Annual vaccination report of Bihar and Orissa - 1911-1928
Year: 1911
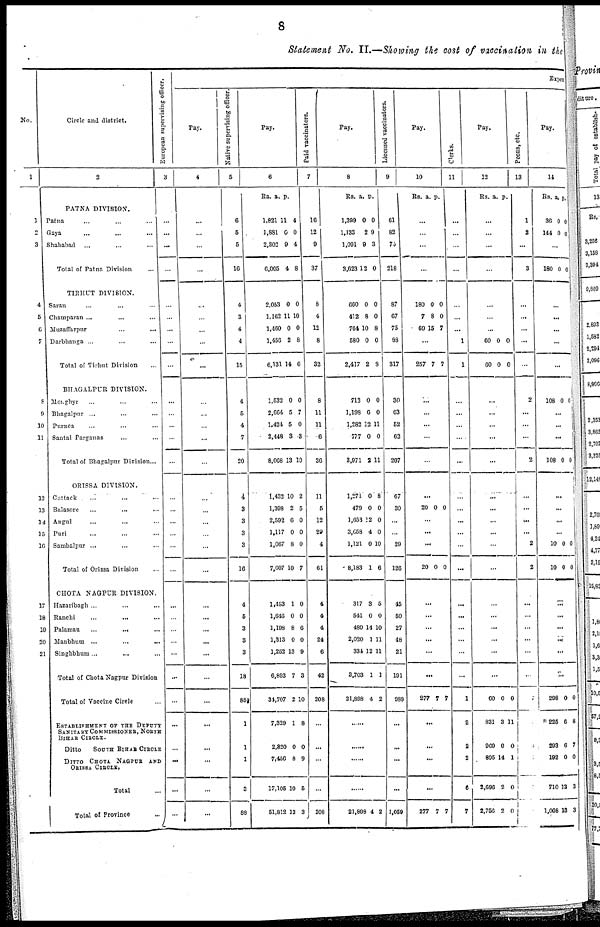
8
Statement No. II.—Showing the cost of vaccination in the
No.
1
1
2
3
4
5
6
7
8
9
10
11
12
13
14
15
16
17
18
19
20
21
Circle and district.
2
PATNA DIVISION.
Patna... ... ...
Gaya... ... ...
Shahabad... ... ...
Total of Patna Division...
TIRHUT DIVISION.
Saran... ... ...
Champaran ... ...
Muzaffarpur...
...
Darbhanga ... ...
Total of Tirhut Division
BHAGALPUR DIVISION.
Monghyr... ...
Bhagalpur ... ...
Purnea
...
...
...
Santal Parganas... ...
Total of Bhagalpur Division...
ORISSA DIVISION.
Cuttack ... ...
Balasore... ...
Angul... ...
Puri... ...
Sambalpur... ...
Total of Orissa Division... ...
CHOTA NAGPUR DIVISION.
Hazaribagh... ...
Ranchi... ...
Palamau
...
...
Manbhum
...
...
Singhbhum
Total of Chota Nagpur Division...
Total of Vaccine Circle...
ESTABLISHMENT OF THE DEPUTY
SANITARY COMMISSIONER, NORTH
BIHAR CIRCLE.
Ditto
SOUTH BIHAR CIRCLE
DITTO CHOTA NAGPUR AND
ORISSA CIRCLE.
Total...
Total of Province
European supervising officer.
3
...
...
...
...
...
...
...
...
...
...
...
...
...
...
...
...
...
...
...
...
...
...
...
...
...
...
...
...
...
...
...
...
Expen
Pay.
4
...
...
...
...
...
...
...
...
...
...
...
...
...
...
...
...
...
...
...
...
...
...
...
...
...
...
...
...
...
...
...
...
Native supervising officer.
5
6
5
6
10
4
3
4
4
15
4
5
4
7
20
4
3
3
3
3
16
4
5
3
3
3
18
85
1
1
1
3
88
Pay.
6
Ra.
a. P.
1,821
1,881
2,302
6,005
2,053
1,162
1,460
1,456
6,131
1,532
2,664
1,424
2,448
8,068
1,432
1,398
2,592
1,117
1,067
7,607
1,483
1,646
1,198
1,313
1,252
6,893
34,707
7,329
2,820
7,456
17,105
51,812
11
0
9
4
0
11
0
2
14
0
5
5
3
13
10
2
6
0
8
10
1
0
8
0
13
7
2
1
0
8
10
13
4
0
4
8
0
10
0
8
6
0
7
0
3
10
2
5
0
0
0
7
0
0
6
0
9
3
10
8
0
9
5
3
Paid vaccinators.
7
16
12
9
37
8
4
12
8
32
8
11
11
6
36
11
5
12
29
4
61
4
4
4
24
6
42
208
...
...
...
...
208
Pay.
8
Rs.
1,399
1,133
1,091
3,623
660
412
764
580
2,417
713
1,198
1,282
777
3,971
1,271
479
1,653
3,658
1,121
8,183
317
541
489
2,020
334
3,703
21,898
a.
0
2
9
12
0
8
10
0
2
0
6
12
0
2
0
0
12
4
0
1
3
0
14
1
12
1
4
P.
0
9
3
0
0
0
8
0
8
0
0
11
0
11
8
0
0
0
10
6
5
0
10
11
11
1
2
...
...
...
...
21,898 4 2
Licensed vaccinators.
9
61
82
75
218
87
67
75
88
317
30
63
52
62
207
67
30
...
...
29
126
45
50
27
48
21
191
989
...
...
...
...
1,059
Pay.
10
Rs. a. P.
...
...
...
...
180
7
69
0
8
15
0
0
7
...
257 7 7
...
...
...
...
...
...
20 0 0
...
...
...
20 0 0
...
...
...
...
...
...
277 7 7
...
...
...
...
277 7 7
Clerks.
11
...
...
...
...
...
...
...
1
1
...
...
...
...
...
...
...
...
...
...
...
...
...
...
...
...
...
1
2
2
2
6
7
Pay.
12
Rs. a. P.
...
...
...
...
...
...
...
60
60
0
0
0
0
...
...
...
...
...
...
...
...
...
...
...
...
...
...
...
...
...
60
831
969
895
2,696
2,750
0
3
0
14
2
2
0
11
0
1
0
1
Peons, etc.
13
1
2
...
3
...
...
...
...
...
2
...
...
...
2
...
...
...
...
2
2
...
...
...
...
...
...
7
...
0
...
...
...
Pay.
14
Rs.
36
144
a.
0
0
P.
0
0
...
180 0
0
...
...
...
...
...
108 0 0
...
. . .
...
108 0 0
i
...
...
...
...
10
10
0
0
0
0
...
...
...
...
...
...
298
225
293
192
710
1,008
0
6
6
0
13
13
0
8
7
0
3
3